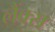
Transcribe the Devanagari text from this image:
लैंक्स